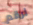
لرقم